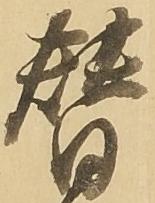
替